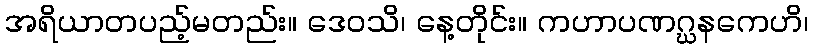
အရိယာတပည့်မတည်း။ ဒေဝသိ၊ နေ့တိုင်း။ ကဟာပဏဂ္ဃနကေဟိ၊